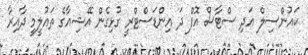
ކައުންސިލް އަދި ސްޓާސް އޮފް ދަ އިންޑަސްޓްރީ ގުޅިގެން އޭޝިއާގެ ތައުލީމީ ދާއިރާ